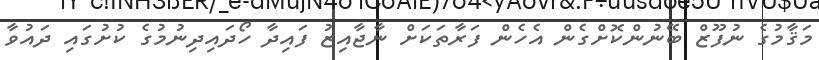
މަޤާމުގެ ނުފޫޒް ބޭނުންކޮށްގެން އެހެން ފަރާތަކަށް ނާޖާއިޒު ފައިދާ ހޯދައިދިނުމުގެ ކުށުގައި ދައުވާ